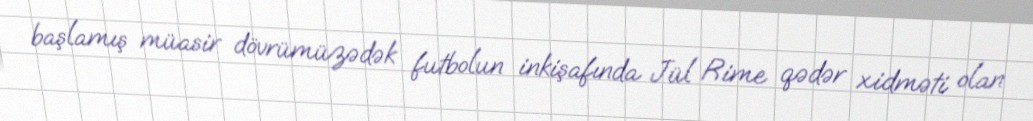
başlamış müasir dövrümüzədək futbolun inkişafında Jül Rime qədər xidməti olan